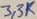
Text: 3,3K